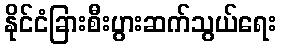
နိုင်ငံခြားစီးပွားဆက်သွယ်ရေး